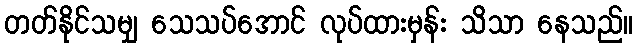
တတ်နိုင်သမျှ သေသပ်အောင် လုပ်ထားမှန်း သိသာ နေသည်။